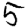
Digit: 5